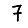
Digit: 7